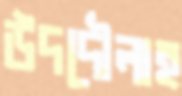
উদদৌলাহ